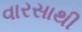
વારસાથી